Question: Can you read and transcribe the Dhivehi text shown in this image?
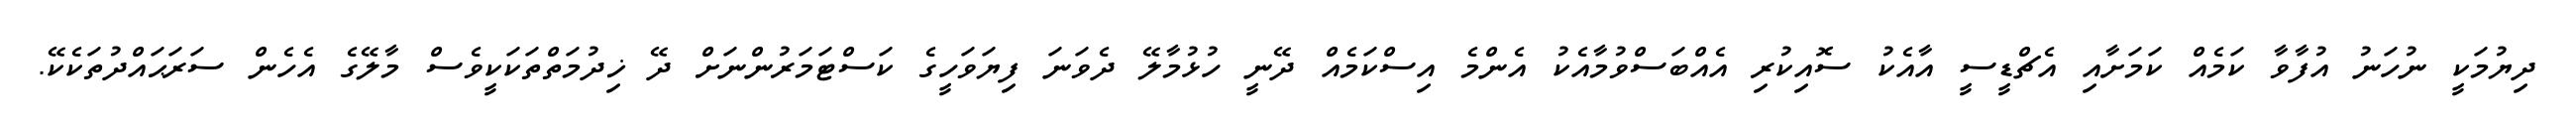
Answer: ދިޔުމަކީ ނުހަނު އުފާވާ ކަމެއް ކަމަށާއި އެޗްޑީސީ އާއެކު ސޮއިކުރި އެއްބަސްވުމާއެކު އެންމެ އިސްކަމެއް ދޭނީ ހުޅުމާލޭ ދެވަނަ ފިޔަވަހީގެ ކަސްޓަމަރުންނަށް ދޭ ޚިދުމަތްތަކަކީވެސް މާލޭގެ އެހެން ސަރަޙައްދުތަކެކޭ.